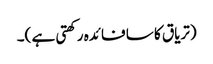
(تریاق کا سا فائدہ رکھتی ہے )۔